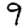
Digit: 9